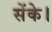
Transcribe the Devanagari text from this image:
सेंके।